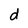
Character: d